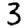
Digit: 3